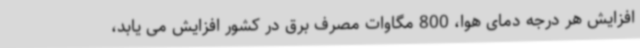
افزایش هر درجه دمای هوا، 800 مگاوات مصرف برق در کشور افزایش می یابد،